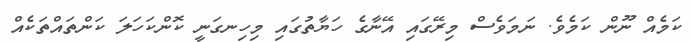
ކަމެއް ނޫން ކަމެވެ. ނަމަވެސް މިރޭގައި އޭނާގެ ހަޔާތުގައި މިހިނގަނީ ކޮންކަހަލަ ކަންތައްތަކެއް